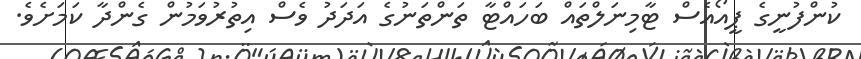
ކުންފުނީގެ ޕީއޯއެސް ޓާމިނަލްތައް ބަހައްޓާ ތަންތަނުގެ އަދަދު ވެސް އިތުރުވަމުން ގެންދާ ކަމަށެވެ.